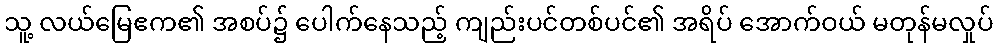
သူ့ လယ်မြေဧက၏ အစပ်၌ ပေါက်နေသည့် ကျည်းပင်တစ်ပင်၏ အရိပ် အောက်ဝယ် မတုန်မလှုပ်